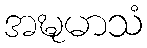
အဍ္ဎမာသံ